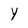
Character: Y